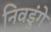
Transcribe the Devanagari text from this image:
निवडुंगे